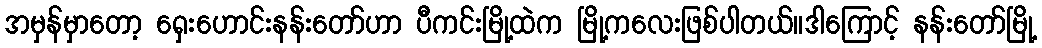
အမှန်မှာတော့ ရှေးဟောင်းနန်းတော်ဟာ ပီကင်းမြို့ထဲက မြို့ကလေးဖြစ်ပါတယ်။ဒါကြောင့် နန်းတော်မြို့